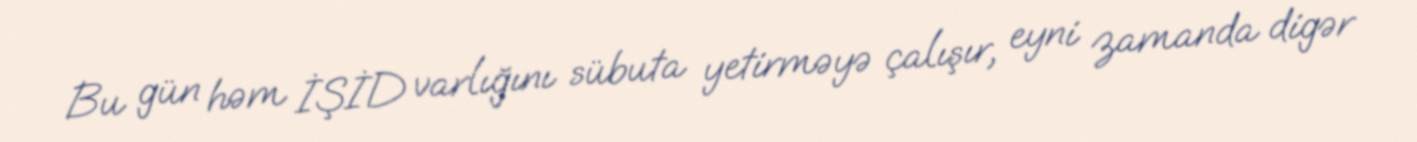
Bu gün həm İŞİD varlığını sübuta yetirməyə çalışır, eyni zamanda digər